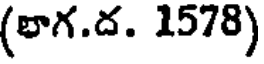
(లాగ.ద. 1578)